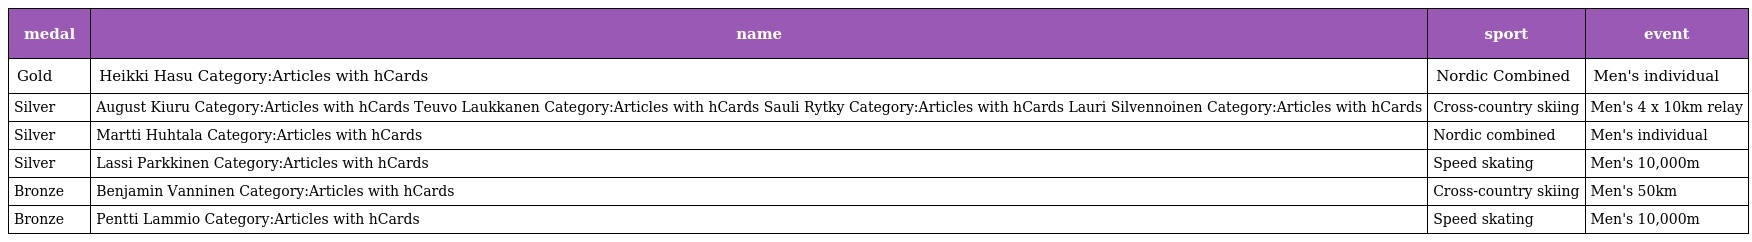
| medal | name | sport | event |
 | --- | --- | --- | --- |
 | Gold | Heikki Hasu Category:Articles with hCards | Nordic Combined | Men's individual |
 | Silver | August Kiuru Category:Articles with hCards Teuvo Laukkanen Category:Articles with hCards Sauli Rytky Category:Articles with hCards Lauri Silvennoinen Category:Articles with hCards | Cross-country skiing | Men's 4 x 10km relay |
 | Silver | Martti Huhtala Category:Articles with hCards | Nordic combined | Men's individual |
 | Silver | Lassi Parkkinen Category:Articles with hCards | Speed skating | Men's 10,000m |
 | Bronze | Benjamin Vanninen Category:Articles with hCards | Cross-country skiing | Men's 50km |
 | Bronze | Pentti Lammio Category:Articles with hCards | Speed skating | Men's 10,000m |